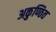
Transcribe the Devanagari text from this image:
अकुण्ठित